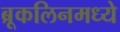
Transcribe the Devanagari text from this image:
ब्रूकलिनमध्ये